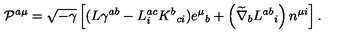
{ \cal P } ^ { a \mu } = \sqrt { - \gamma } \left[ ( L \gamma ^ { a b } - L _ { i } ^ { a c } K ^ { b } { } _ { c i } ) e ^ { \mu } { } _ { b } + \left( \widetilde { \nabla } _ { b } L ^ { a b } { } _ { i } \right) n ^ { \mu i } \right] .